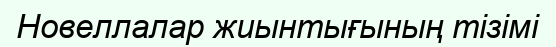
Новеллалар жиынтығының тізімі